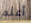
أعلم